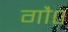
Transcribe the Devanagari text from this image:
गौ०